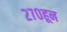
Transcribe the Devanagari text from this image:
२७०हून